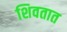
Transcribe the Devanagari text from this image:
शिवतात